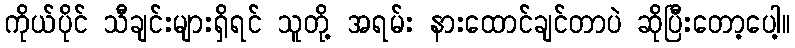
ကိုယ်ပိုင် သီချင်းများရှိရင် သူတို့ အရမ်း နားထောင်ချင်တာပဲ ဆိုပြီးတော့ပေါ့။